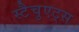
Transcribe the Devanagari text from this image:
स्टैचुएट्स